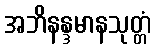
အဘိနန္ဒမာနသုတ္တံ